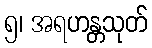
၅၊ အရဟန္တသုတ်